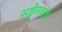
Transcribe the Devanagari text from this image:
सङ्गीतकोष